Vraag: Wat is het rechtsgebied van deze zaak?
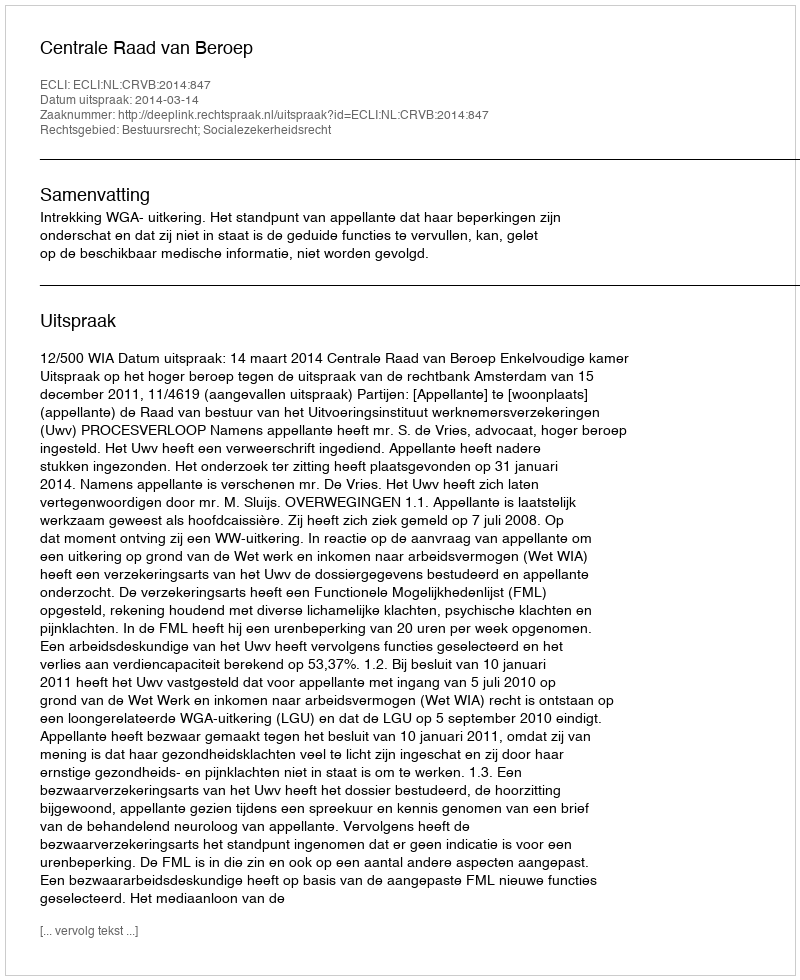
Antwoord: Bestuursrecht; Socialezekerheidsrecht